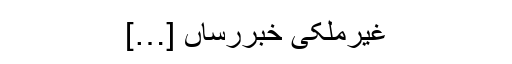
غیرملکی خبررساں […]